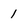
Character: 1